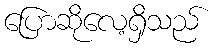
ပြောဆိုလေ့ရှိသည်